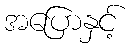
အပြောနှင့်